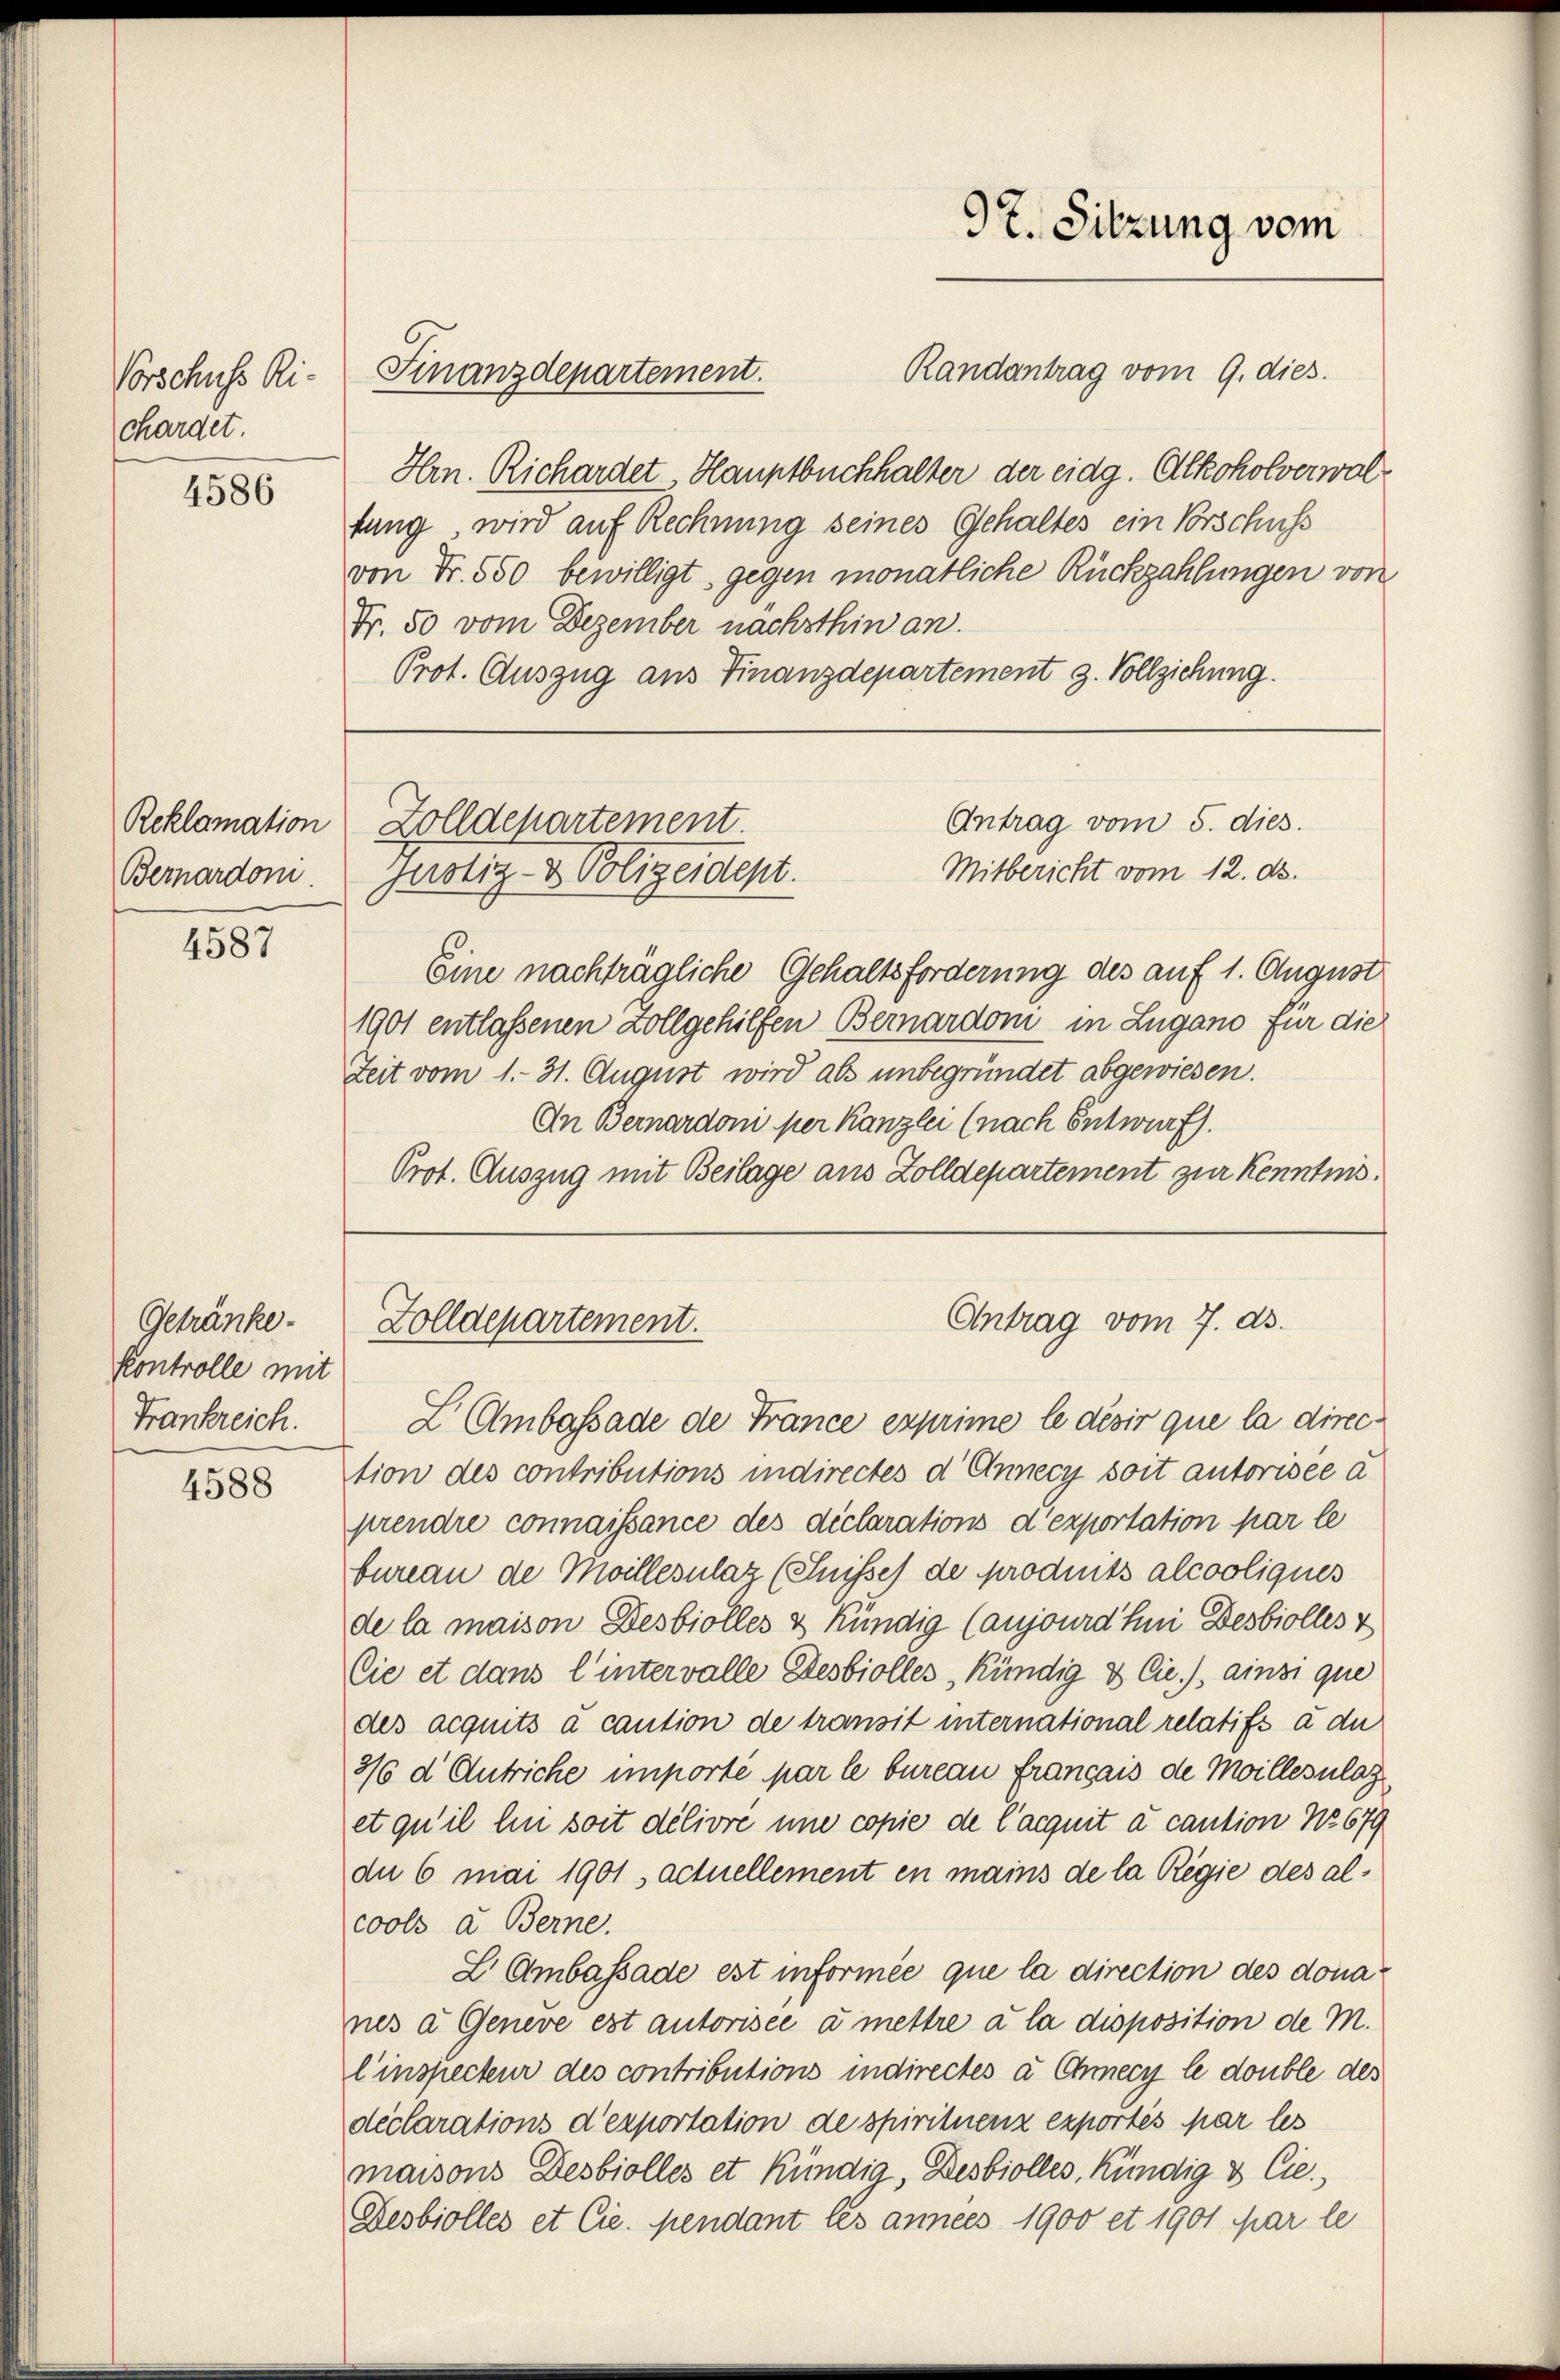
Vorschuss Ri-
chardet.

4586

Reklamation
Bernardoni

4587

Getränke.
Kontrolle mit
Frankreich.

4588

Hrn. Richardet Hauptbuchhalter der eidg. Alkoholverwalfung, wird auf Rechnung seines Gehaltes ein Vorschuss
von Fr. 550 bewilligt, gegen monatliche Rückzahlungen von
Fr. 50 vom Dezember nachsthin an.
Prot. Auszug aus Finanzdepartement z. Vollziehung.

Finanzdepartement.

9t. Sitzung vom

Randantrag vom 9. dies

Eine nachträgliche Gehaltsforderung des auf 1. August
1901 entlassenen vollgehilfen Bernardom in Lugano für die
Zeit vom 1. 31. August wird als unbegründet abgewiesen.
An Bernardoni per Kanzlei (nach Entwurf.
Prot. Auszug mit Beilage aus Zolldepartement zur Kenntnis.

Antrag vom 5. dies.
Zolldepartement.
Mitbericht vom 12. ds.
Justiz- & Polizeidept.

Antrag vom 7. ds.
Zolldepartement.

L. Ambassade de France exprime le désir que la direction des contributions indirectes d' Annecy soit autorisce d
prendre connaissance des déclarations d’exportation par le
bureau de Moillesulaz (Suisses de produits alcooliques
de la maison Desbiolles & Kündig (aujourdhni Desbiolles v
Cie et dans l’intervalle Desbiolles kündig & Cie ./ ainsi que
des acquits à caution de transit international relatifs à di
3/6 d. Antriche importé par le bureau français de Moillezulag
et qu’il hin soit délivré une copie de l’acquit à caution No 679
du 6 mai 1901, actuellement en mains de la Regie des alcools a. Berne.
L. Ambassade est informée que la direction des donanes a Geneve est autorisée à mettre à la disposition de M.
linspecteur des contributions indirectes à Chmecy le double des
declarations d’exportation de spirituenz exportés par les
maisons Desbiolles et Kündig, Desbiolles, kündig & Cie.,
Desbiolles et Cie. Mendant les annees 1900 et 1901 par le